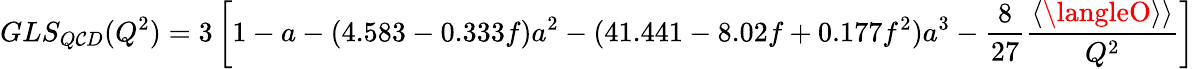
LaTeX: GLS_{Q\mathcal{C}D}(Q^{2})=3\left[1-a-(4.583-0.333f)a^{2}-(41.441-8.02f+0.177f^{2})a^{3}-\frac{{8}}{{27}}\frac{{\langle\langleO\rangle\rangle}}{{Q^{2}}}\right]